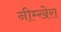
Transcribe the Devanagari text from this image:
नीम्खेरा